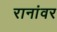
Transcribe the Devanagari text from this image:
रानांवर